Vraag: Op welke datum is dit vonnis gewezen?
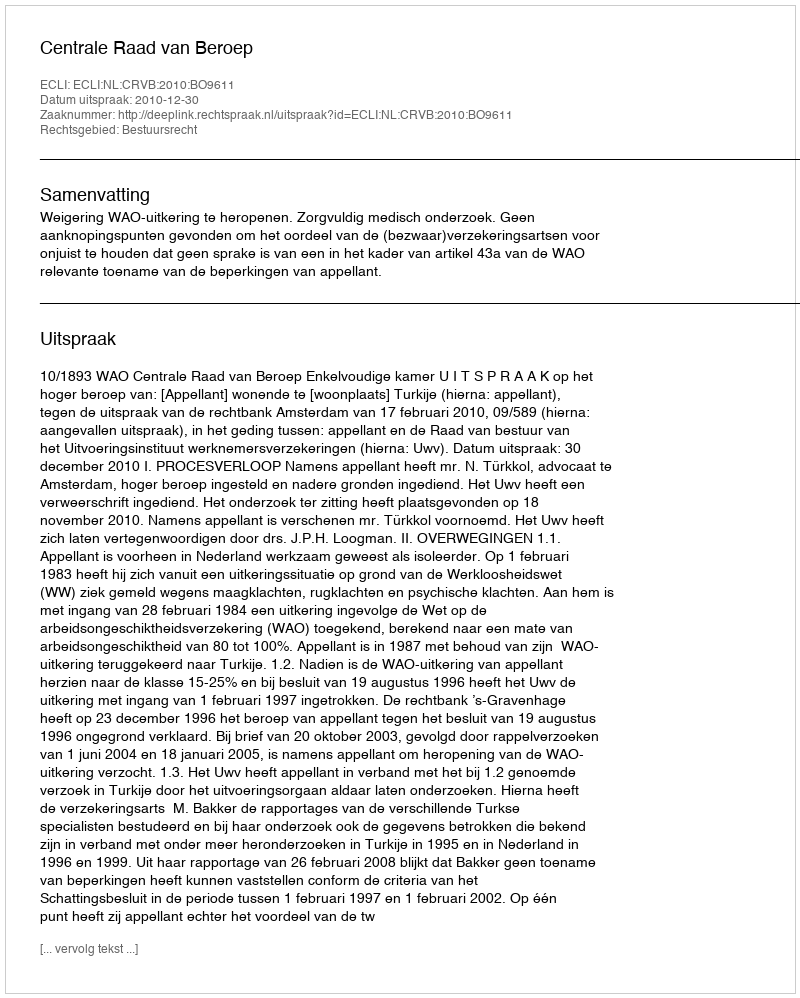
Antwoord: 2010-12-30